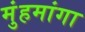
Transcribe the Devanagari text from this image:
मुंहमांगा